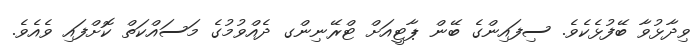
ވިދާޅުވާ ބޭފުޅެކެވެ. ސިފައިންގެ ބޭން ޕާޓީއަށް ޓްރޭނިންގ ދެއްވުމުގެ މަސައްކަތް ކޮށްފައި ވެއެވެ.